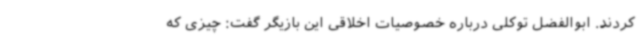
کردند. ابوالفضل توکلی درباره خصوصیات اخلاقی این بازیگر گفت: چیزی که